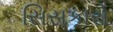
સિસકારો